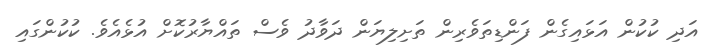
އަދި ކުކުން އަޅައިގެން ފަންޑިތަވެރިން ތަށިލިޔަން ދަވާދު ވެސް ތައްޔާރުކޮށް އުޅެއެވެ. ކުކުންގައި